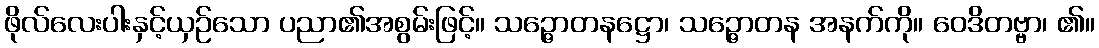
ဖိုလ်လေးပါးနှင့်ယှဉ်သော ပညာ၏အစွမ်းဖြင့်။ သဉ္ဇောတနဋ္ဌော၊ သဉ္ဇောတန အနက်ကို။ ဝေဒိတဗ္ဗာ၊ ၏။